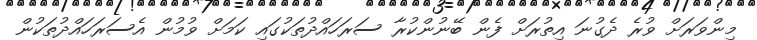
މިންވަރަށް ވުރެ ދެގުނަ އިތުރަށް ފެން ބޭނުންކުރާ ސަރަހައްދުތަކުގައި ކަމަށް ވުމުން އެސަރަހައްދުތަކުން